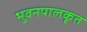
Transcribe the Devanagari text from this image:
भुवनपालकृत